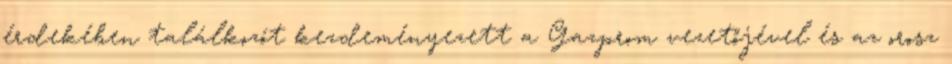
érdekében találkozót kezdeményezett a Gazprom vezetőjével és az orosz